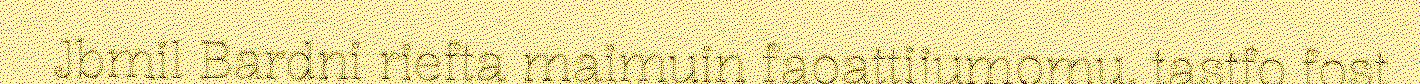
Jbmil Bardni riefta maimuin faoattijumomu, tastfo fost